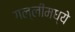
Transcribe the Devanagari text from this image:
गल्लीमध्ये